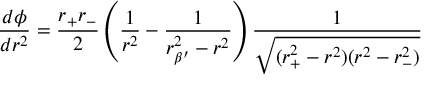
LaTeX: \frac { d \phi } { d r ^ { 2 } } = \frac { r _ { + } r _ { - } } { 2 } \left( \frac { 1 } { r ^ { 2 } } - \frac { 1 } { r _ { \beta ^ { \prime } } ^ { 2 } - r ^ { 2 } } \right) \frac { 1 } { \sqrt { ( r _ { + } ^ { 2 } - r ^ { 2 } ) ( r ^ { 2 } - r _ { - } ^ { 2 } ) } }